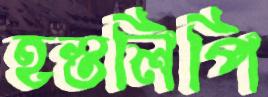
হস্তলিপি